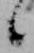
候